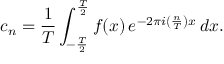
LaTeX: c _ { n } = { \frac { 1 } { T } } \int _ { - { \frac { T } { 2 } } } ^ { \frac { T } { 2 } } f ( x ) \, e ^ { - 2 \pi i \left( { \frac { n } { T } } \right) x } \, d x .